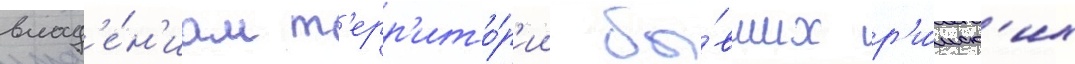
влад'е́н'иам т'ерр'ито́р'ии бы́вших р'и́мск'их